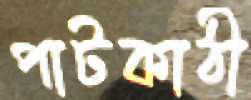
পাটকাঠী